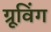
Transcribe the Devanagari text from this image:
ग्रूविंग